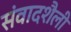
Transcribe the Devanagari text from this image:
संवादशैली